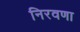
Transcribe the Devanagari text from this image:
निरवणा